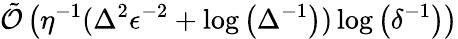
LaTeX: \tilde{\mathcal{O}}\left(\eta^{-1}(\Delta^{2}\epsilon^{-2}+\log\left(\Delta^{-1}\right))\log\left(\delta^{-1}\right)\right)